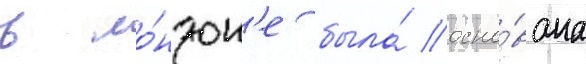
в ло́ндон'е была́ осно́вана